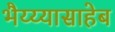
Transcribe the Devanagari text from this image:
भैय्य्यासाहेब